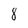
Character: 8